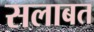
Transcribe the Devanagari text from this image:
सलाबत